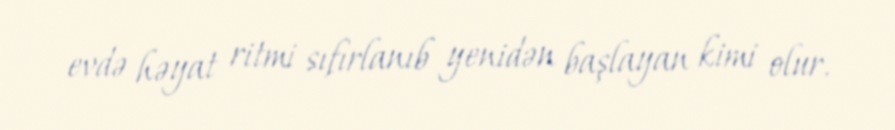
evdə həyat ritmi sıfırlanıb yenidən başlayan kimi olur.